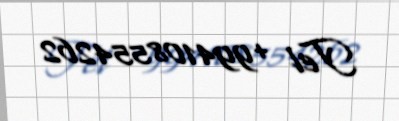
Tel +994108554262